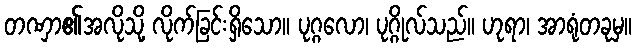
တဏှာ၏အလိုသို့ လိုက်ခြင်းရှိသော။ ပုဂ္ဂလော၊ ပုဂ္ဂိုလ်သည်။ ဟုရာ၊ အာရုံတခုမှ။